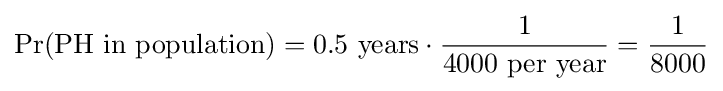
\Pr({\text{PH in population}})=0.5{\text{ years}}\cdot {\frac {1}{\text{4000 per year}}}={\frac {1}{8000}}